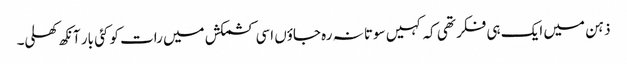
ذہن میں ایک ہی فکر تھی کہ کہیں سوتا نہ رہ جاؤں اسی کشمکش میں رات کو کئی بار آنکھ کھلی۔